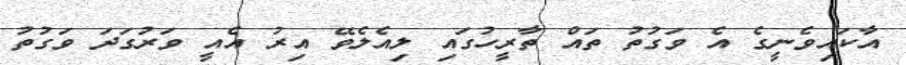
އާކައިވެނީގެ އެ ވަގުތު ތައް ތާރީހުގައި ލިއެލެވޭ އިރު އެއީ ވަރުގަދަ ވަގުތު